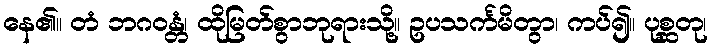
နေ၏။ တံ ဘဂဝန္တံ၊ ထိုမြတ်စွာဘုရားသို့။ ဥပသင်္ကမိတွာ၊ ကပ်၍။ ပုစ္ဆတု၊